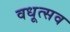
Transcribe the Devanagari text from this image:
वधूत्सव